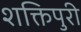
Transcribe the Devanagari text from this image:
शक्तिपुरी